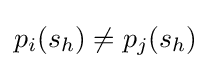
p_{i}(s_{h})\neq p_{j}(s_{h})